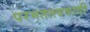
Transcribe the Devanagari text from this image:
परमतत्त्ववादी